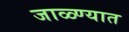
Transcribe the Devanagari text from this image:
जाळ्ण्यात